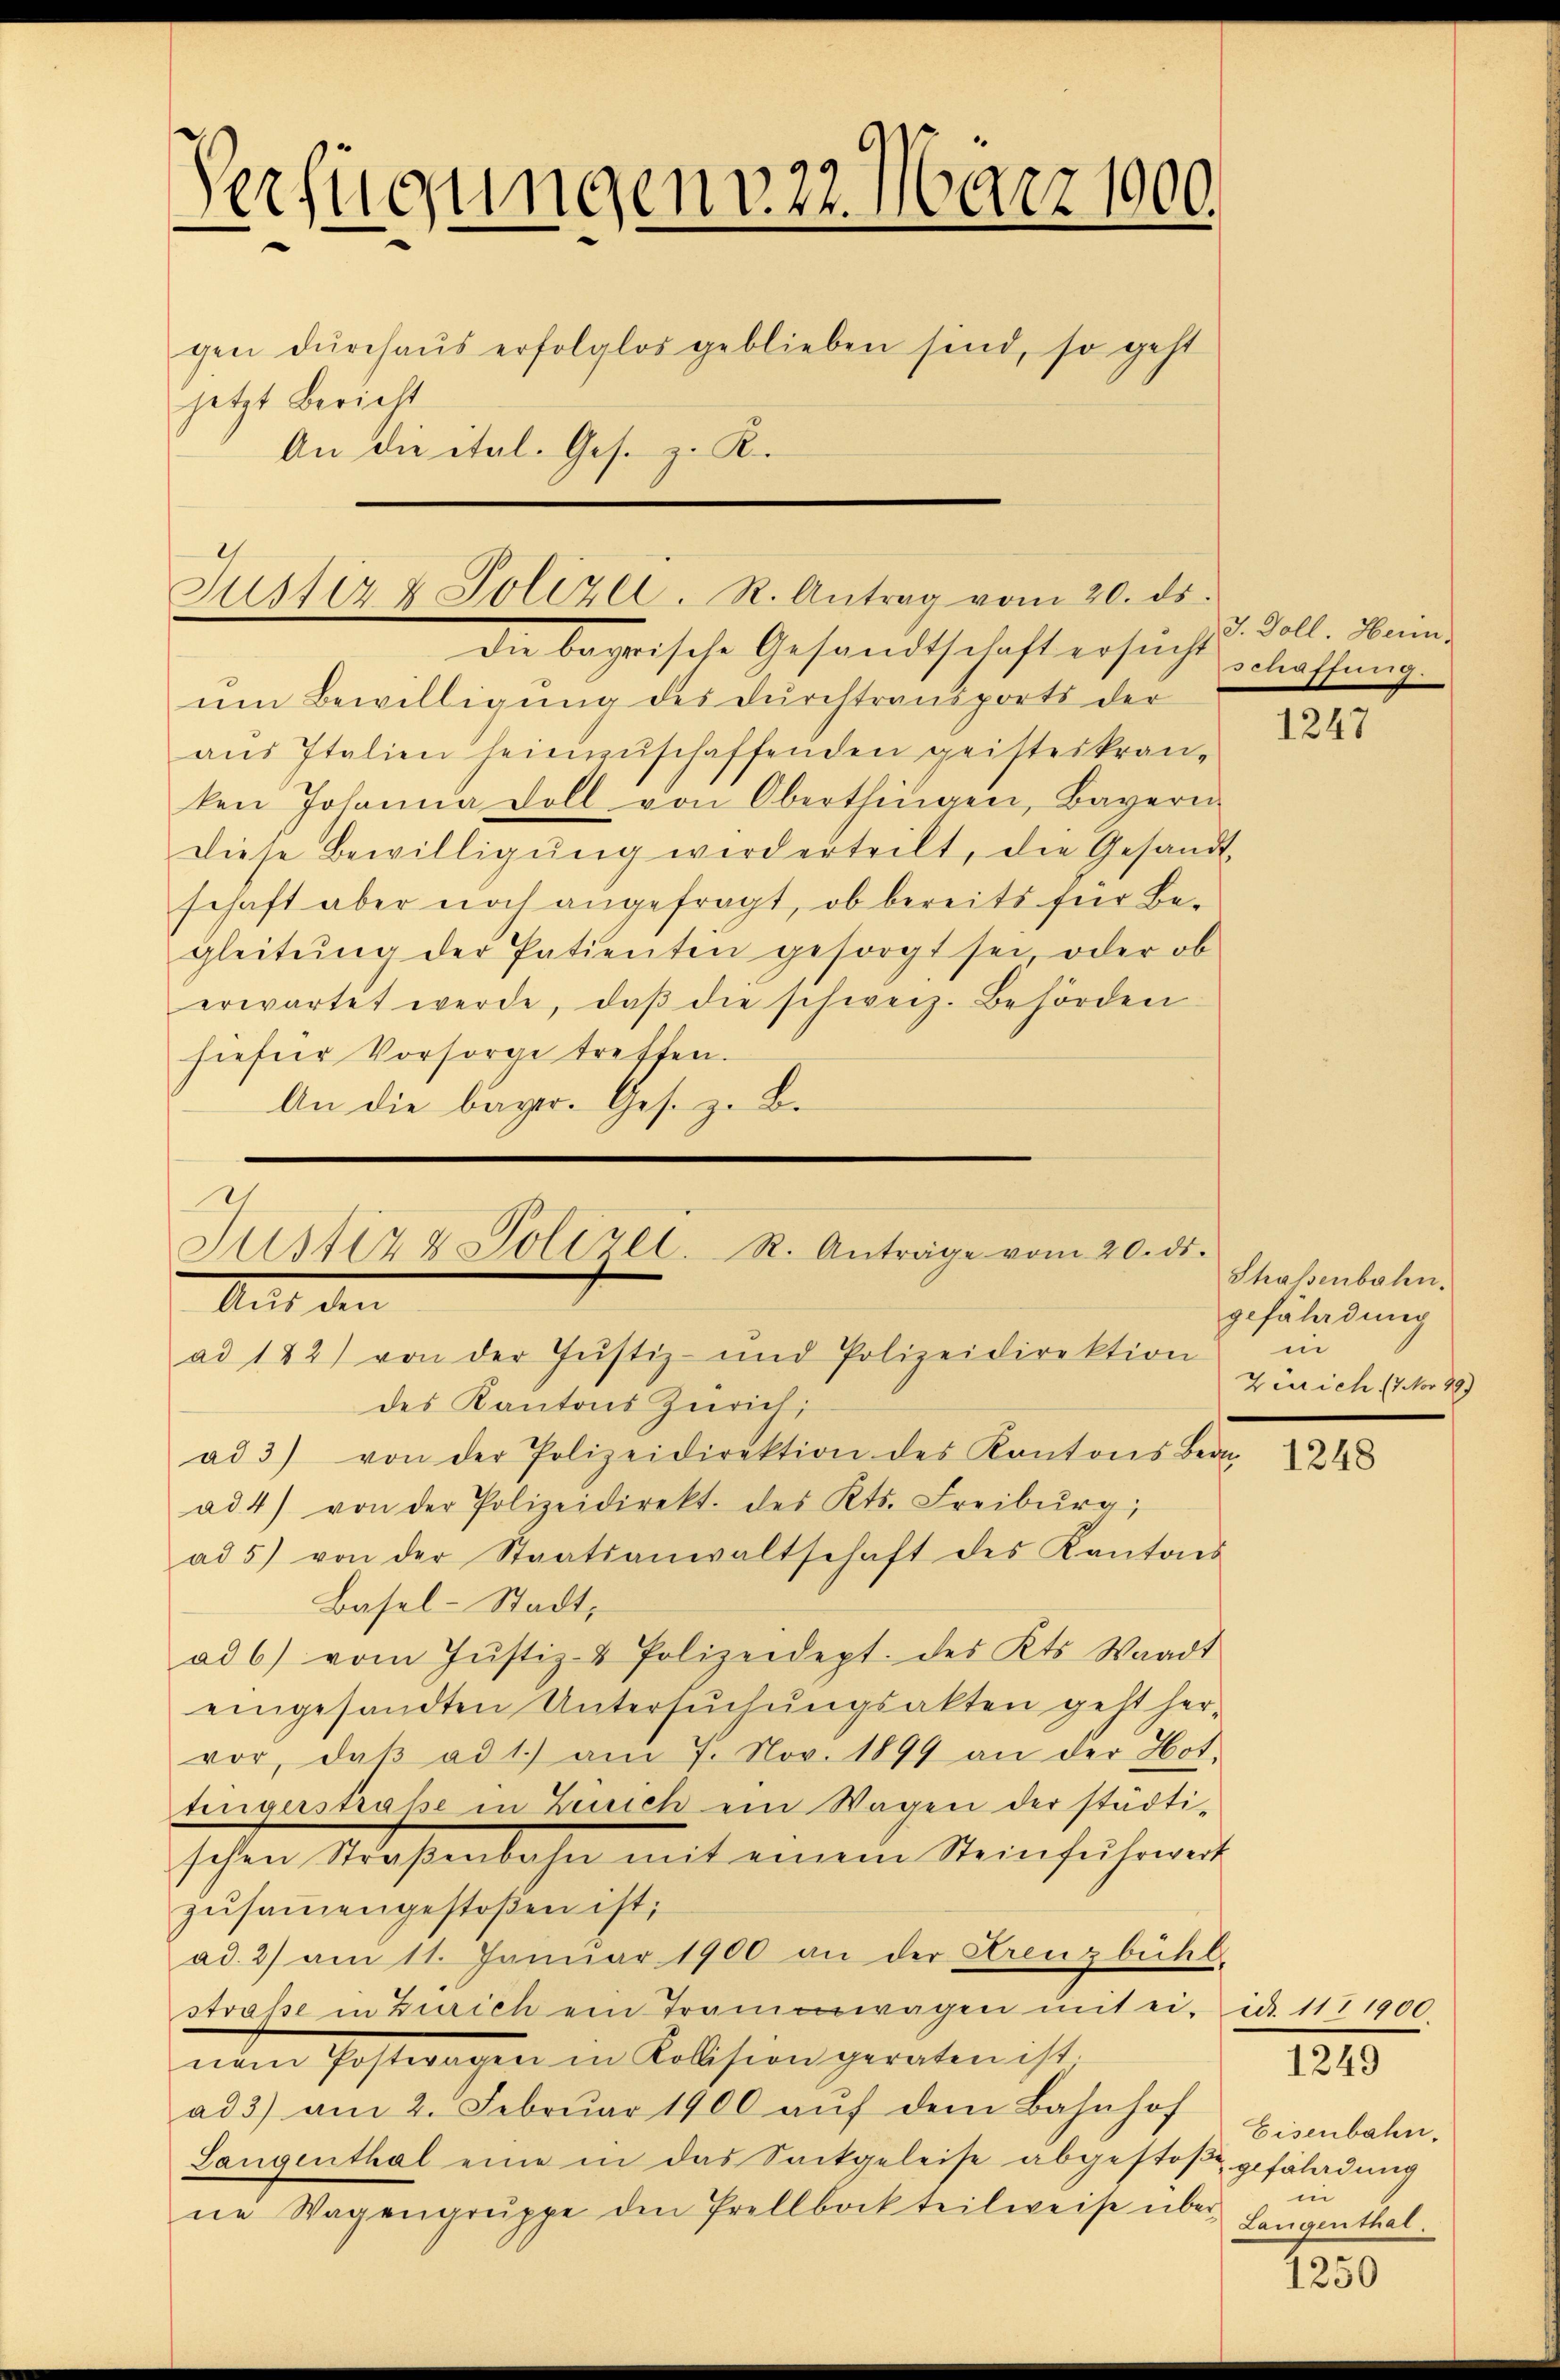
Verfügungen v. 22. März 1900.
.
gen dŭrchaŭs erfolglos geblieben sind, so geht
jetzt Bericht
An die ital. Ges. z. R.

Justiz & Polizei. R. Antrag vom 20. ds.

Die begrische Gesandtschaft ersucht gelassung
um Bewilligung des Durchtransports der
aŭs Italien heimzuschaftenden geisteskranken Johanna voll von Oberthingen, Bayern
diese Bewilligŭng wird erteilt, die Gesandt-
schaft aber noch angefragt, ob bereits für Begleitŭng der Patienten gesorgt sei oder ob
erwartet werde, daβ die schweiz. Behörden
hiefür Vorsorge treffen.
An die beger. Ges. z. B.

1
Justiz & Polizei. R. Anträge vom 20. ds.
Mit den
ad 142) von der Justiz- und Polizeidirektion

des Kantons Zürich,
ad 3) von der Polizeidirektion des Kantons Bern
ad 4) von der Polizeidirekt. des Kts. Freiburg,
ad 5) von der Staatsanwaltschaft des Kantons
Basel-Stadt,
ad 6) vom Jŭstiz- & Polizeidept. des Kts. Waadt
eingesandten Untersŭchŭngsakten geht her-
vor, daß ad 1.) am 7. Nov. 1899 an der Hot
tinigerstraße in Zeich ein Wagen der städti-
schen Wassenbahn mit einem Steinführung
zusammengestoßen ist;
ad. 2) am 11. Januar 1900 an der Kreuzbühl.
straβe in Zürich ein Tramwagen mit ei- id. 111 1900.
nem Postwagen in Kolsion geraten ist.
ad 3) am 2. Februar 1900 aŭf dem Bahnhof
Langenthal eine in das Sackgeleise abgestoße gefaladung
ne Wagengruppe den Prellbock teilweise über-

J. Doll. Herin,

1247

Shassenbahn.
gefährdung
in
Zürich 17 No 29)

1248

Eisenbahn,
i
Langenthal

1249

130